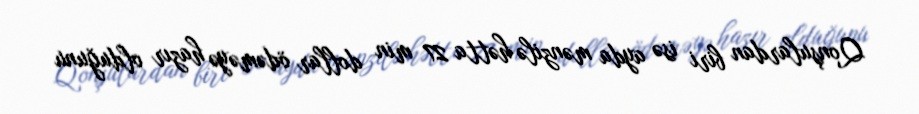
Qonşulardan biri isə ayda mənzilə hətta 27 min dollar ödəməyə hazır olduğunu